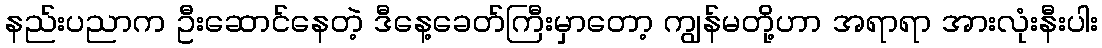
နည်းပညာက ဦးဆောင်နေတဲ့ ဒီနေ့ခေတ်ကြီးမှာတော့ ကျွန်မတို့ဟာ အရာရာ အားလုံးနီးပါး